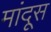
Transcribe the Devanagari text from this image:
मांदूस